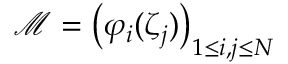
{ \mathcal { M } } = \left( \varphi _ { i } ( \zeta _ { j } ) \right) _ { 1 \leq i , j \leq N }